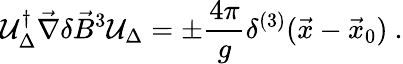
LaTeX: {\cal U}_{\Delta}^{\dagger}\vec{\nabla}\delta\vec{B}^{3}{\cal U}_{\Delta}=\pm\frac{4\pi}{g}\delta^{(3)}(\vec{x}-\vec{x}_{0})\ .